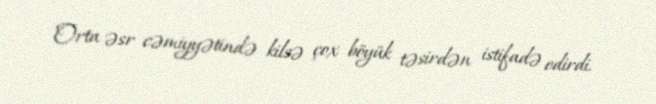
Orta əsr cəmiyyətində kilsə çox böyük təsirdən istifadə edirdi.